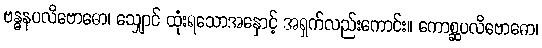
ဗန္ဓနပလိဗောဓော၊ သျှောင် ထုံးရသောအနှောင့် အရှက်လည်းကောင်း။ ကောစ္ဆပလိဗောဓော၊